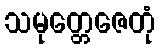
သမုတ္တေဇေတုံ